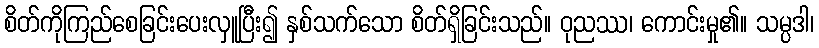
စိတ်ကိုကြည်စေခြင်းပေးလှူပြီး၍ နှစ်သက်သော စိတ်ရှိခြင်းသည်။ ဝုညဿ၊ ကောင်းမှု၏။ သမ္ပဒါ၊